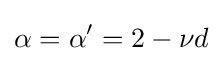
\alpha =\alpha '=2-\nu d